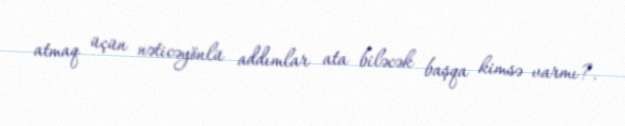
atmaq üçün nəticəyönlü addımlar ata biləcək başqa kimsə varmı?.